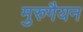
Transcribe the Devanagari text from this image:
मुरुगैयन